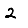
Digit: 2